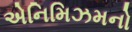
એનિમિઝમનો